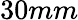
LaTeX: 30mm